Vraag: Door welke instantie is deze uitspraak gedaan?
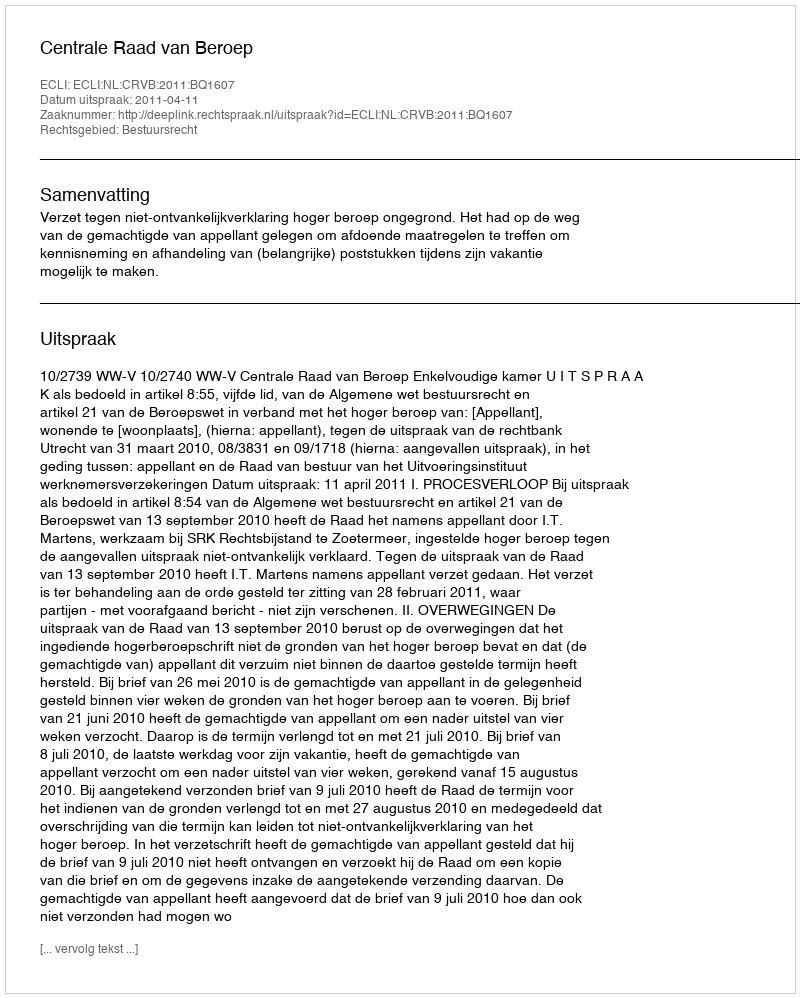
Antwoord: Centrale Raad van Beroep